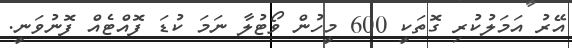
އޭރު އަމަލުކުރި ގޮތަކީ 600 މީހުން ވޯޓުލާ ނަމަ ކުޑަ ފޮއްޓެއް ފޮނުވަނީ.